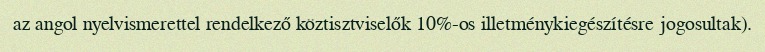
az angol nyelvismerettel rendelkező köztisztviselők 10%-os illetménykiegészítésre jogosultak).